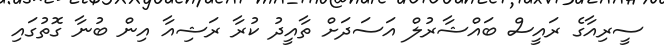
ސީރިއާގެ ރައީސް ބައްޝާރުލް އަސަދަށް ތާއީދު ކުރާ ރަޝިއާ އިން ބުނާ ގޮތުގައި